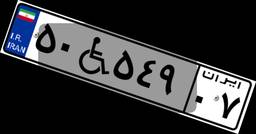
۵۰W۵۴۹۰۷